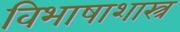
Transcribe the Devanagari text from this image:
विभाषाशास्त्र